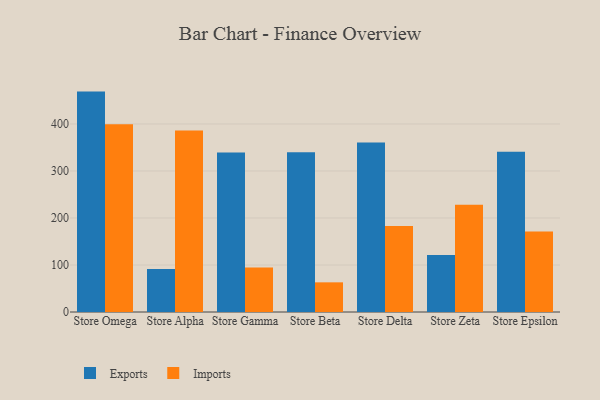
{"axis": {"x": "Store", "y": "Energy Usage (MWh)"}, "legend": ["Exports", "Imports"], "data": [{"x": "Store Omega", "y": 468.9, "type": "Exports"}, {"x": "Store Omega", "y": 399.5, "type": "Imports"}, {"x": "Store Alpha", "y": 91.6, "type": "Exports"}, {"x": "Store Alpha", "y": 386.0, "type": "Imports"}, {"x": "Store Gamma", "y": 339.2, "type": "Exports"}, {"x": "Store Gamma", "y": 94.9, "type": "Imports"}, {"x": "Store Beta", "y": 339.8, "type": "Exports"}, {"x": "Store Beta", "y": 63.1, "type": "Imports"}, {"x": "Store Delta", "y": 360.7, "type": "Exports"}, {"x": "Store Delta", "y": 183.1, "type": "Imports"}, {"x": "Store Zeta", "y": 121.3, "type": "Exports"}, {"x": "Store Zeta", "y": 228.0, "type": "Imports"}, {"x": "Store Epsilon", "y": 340.8, "type": "Exports"}, {"x": "Store Epsilon", "y": 171.4, "type": "Imports"}]}